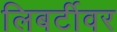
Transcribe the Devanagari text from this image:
लिबर्टीवर